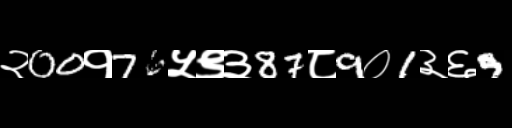
Text: २00१76५९३87८9०1३६9